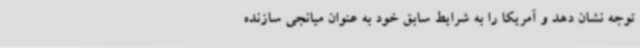
توجه نشان دهد و آمریکا را به شرایط سابق خود به عنوان میانجی سازنده